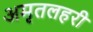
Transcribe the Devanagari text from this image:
अमृतलहरी